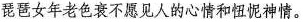
琵琶女年老色衰不愿见人的心情和忸怩神情。